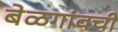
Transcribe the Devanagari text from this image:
बेळगांवची